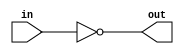
// CN1 -  schelet lab02

module modul01(
  output out,
  input in
  );

  not(out, in);

endmodule